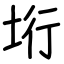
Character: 垳